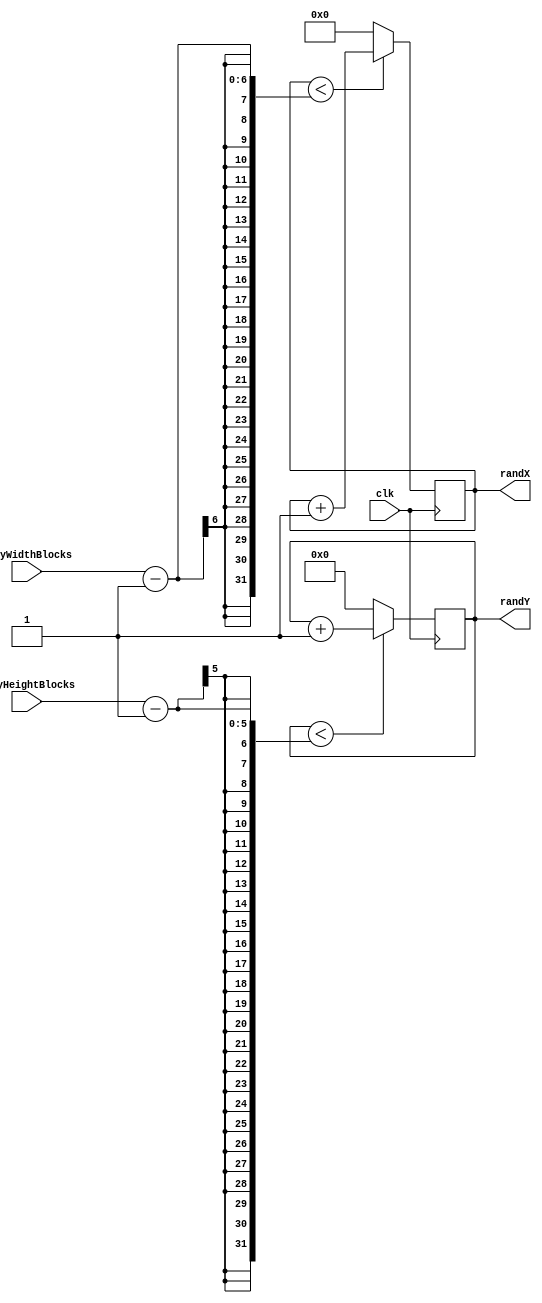
`timescale 1ns / 1ps
//////////////////////////////////////////////////////////////////////////////////
// Company: 
// Engineer: 
// 
// Design Name: 
// Module Name: Random
// Project Name: 
// Target Devices: 
// Tool Versions: 
// Description: 
// 
// Dependencies: 
// 
// Revision:
// Revision 0.01 - File Created
// Additional Comments:
// 
//////////////////////////////////////////////////////////////////////////////////


module Random(clk,randX,randY,playWidthBlocks, playHeightBlocks);

    input clk;
    input [5:0] playWidthBlocks;
    input [4:0] playHeightBlocks;
    output reg [5:0] randX=0;
    output reg [4:0] randY=0;
    
    reg [5:0] i = 0;
    reg [4:0] j = 0;
    
    always@(posedge clk)
    begin
        if(i<playWidthBlocks-1) 
            i <= i + 1;
        else
            i <= 0;
    end
    
    always@(posedge clk)
    begin
        if(j<playHeightBlocks-1)
            j <= j + 1;
        else
            j <= 0;
    end
    
    always@(i,j)
    begin
        randX <= i;
        randY <= j;
    end

endmodule